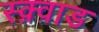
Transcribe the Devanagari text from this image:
स्क़्वाड